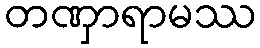
တဏှာရာမဿ